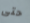
حتى